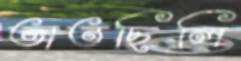
তাতছিলি